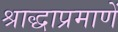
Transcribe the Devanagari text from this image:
श्राद्धाप्रमाणें